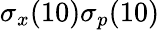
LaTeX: \sigma_{x}(10)\sigma_{p}(10)